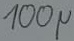
Text: 100µ